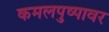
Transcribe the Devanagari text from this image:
कमलपुष्पावर